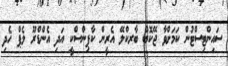
ސައިންޓިސްޓުން ކަމަށްވާ ޖޭކޮބް ބާރކްލޭ އެރީން ކާޕިންސްކީ އަދި އެންޑްރޫ ލެޕް ހެދި